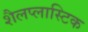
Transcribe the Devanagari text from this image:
शैलप्लास्टिक